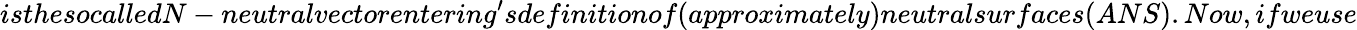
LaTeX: isthesocalledN-neutralvectorentering^{\prime}sdefinitionof(approximately)neutralsurfaces(ANS).Now,ifweuse